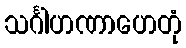
သင်္ဂါဟဏာဟေတုံ